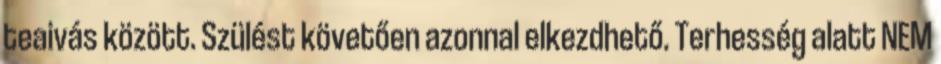
teaivás között. Szülést követően azonnal elkezdhető. Terhesség alatt NEM